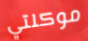
موكلتي